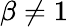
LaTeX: \beta\neq 1